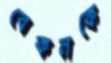
বেকনকে